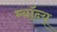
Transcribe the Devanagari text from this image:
म्यॉन्य्